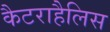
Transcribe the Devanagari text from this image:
कैटराहैलिस